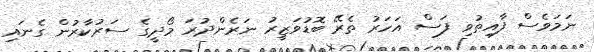
ނަމަވެސް ފާއިތުވި ފަސް އަހަރު ތެރޭ ބޮޑުވަޒީރު ނަރެންދުރަ މޯދީގެ ސަރުކާރުން ގެނައި